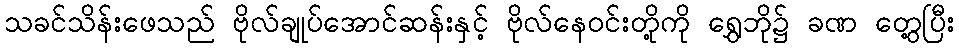
သခင်သိန်းဖေသည် ဗိုလ်ချုပ်အောင်ဆန်းနှင့် ဗိုလ်နေဝင်းတို့ကို ရွှေဘို၌ ခဏ တွေ့ပြီး